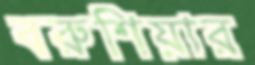
বরুশিয়ার